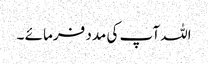
اللہ آپ کی مدد فرمائے ۔